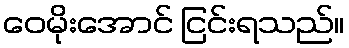
ဝေမိုးအောင် ငြင်းရသည်။